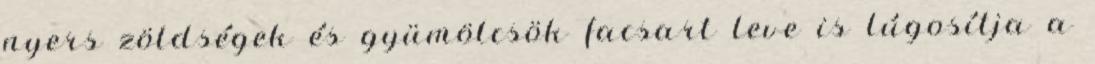
nyers zöldségek és gyümölcsök facsart leve is lúgosítja a